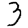
Digit: 3